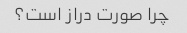
چرا صورت دراز است؟